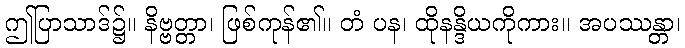
ဤပြာသာဒ်၌။ နိဗ္ဗတ္တာ၊ ဖြစ်ကုန်၏။ တံ ပန၊ ထိုနန္ဒိယကိုကား။ အပဿန္တာ၊